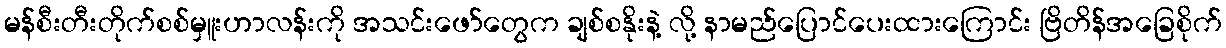
မန်စီးတီးတိုက်စစ်မှူးဟာလန်းကို အသင်းဖော်တွေက ချစ်စနိုးနဲ့ လို့ နာမည်ပြောင်ပေးထားကြောင်း ဗြိတိန်အခြေစိုက်